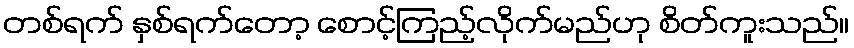
တစ်ရက် နှစ်ရက်တော့ စောင့်ကြည့်လိုက်မည်ဟု စိတ်ကူးသည်။